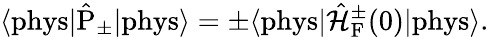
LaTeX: \langle\mathrm{phys}|\hat{\mathrm{P}}_{\pm}|\mathrm{phys}\rangle=\pm\langle\mathrm{phys}|\hat{\cal H}_{\mathrm{F}}^{\pm}(0)|\mathrm{phys}\rangle.